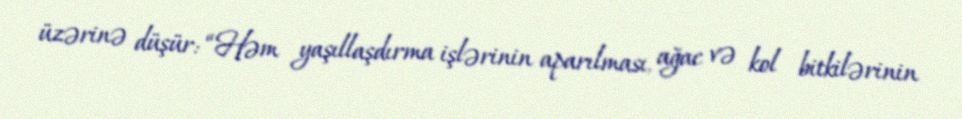
üzərinə düşür: “Həm yaşıllaşdırma işlərinin aparılması, ağac və kol bitkilərinin